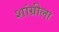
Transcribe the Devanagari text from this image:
शांग्रीला